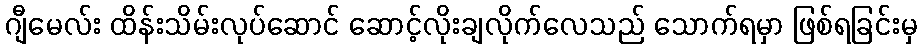
ဂျီမေလ်း ထိန်းသိမ်းလုပ်ဆောင် ဆောင့်လိုးချလိုက်လေသည် သောက်ရမှာ ဖြစ်ရခြင်းမှ